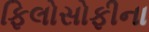
ફિલોસોફીના